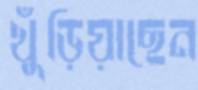
খুঁড়িয়াছেন